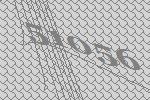
51056